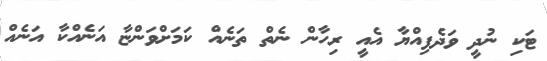
ޓަކި ނުދީ ވަދެފިއްޔާ އެއީ ރިހާން ނެތް ތަނެއް ކަމަށްވަންޏާ އަނެއްކާ އަނެއް